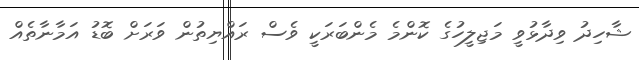
ޝާހިދު ވިދާޅުވީ މަޖިލީހުގެ ކޮންމެ މެންބަރަކީ ވެސް ރައްޔިތުން ވަރަށް ބޮޑު އަމާނާތެއް